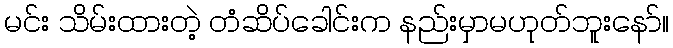
မင်း သိမ်းထားတဲ့ တံဆိပ်ခေါင်းက နည်းမှာမဟုတ်ဘူးနော်။